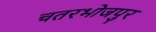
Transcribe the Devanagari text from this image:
चतरभोजपुर